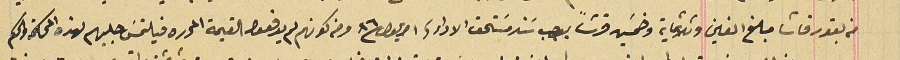
من بقورقاشا مبلغ الفين وثلاثماية وخمسَين قرشاً بموجب سَند مسَتحق الاداء فى ١ ايلول سنة ٨٦ ومنه كونهم لم يدفعوا القيمة المحرره فيلتمسَ جلبهم لهذه المحكمة والحكم